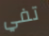
تفي